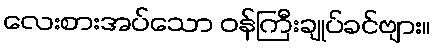
လေးစားအပ်သော ဝန်ကြီးချုပ်ခင်ဗျား။